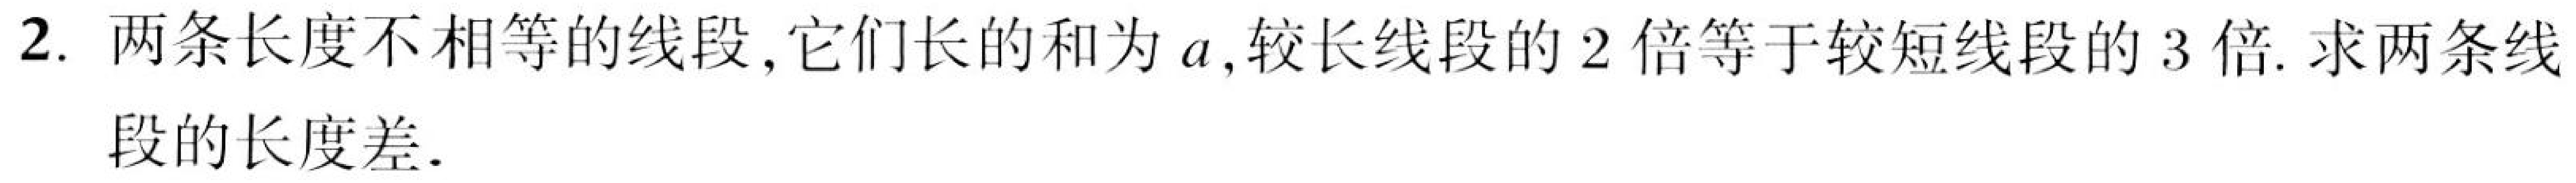
2. 两条长度不相等的线段,它们长的和为\(a\),较长线段的\(2\)倍等于较短线段的\(3\)倍. 求两条线
段的长度差.